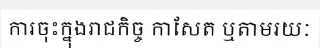
ការចុះក្នុងរាជកិច្ច កាសែត ឬតាមរយៈ